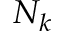
N _ { k }